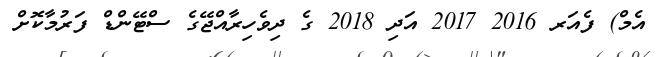
އެމް) ފެއަރ 2016 2017 އަދި 2018 ގެ ދިވެހިރާއްޖޭގެ ސްޓޭންޑް ފަރުމާކޮށް